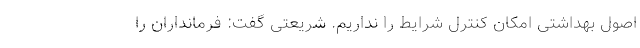
اصول بهداشتی امکان کنترل شرایط را نداریم. شریعتی گفت: فرمانداران را